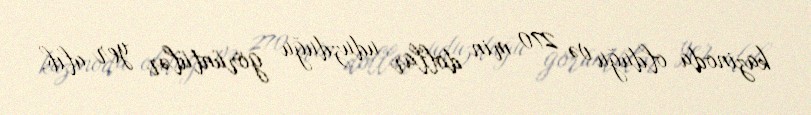
kazinoda olduğu və 270 min dollar uduzduğu görüntülər yer alıb.